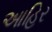
આહિર